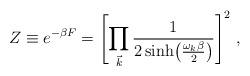
LaTeX: \begin{align*}Z \equiv e^{-\beta F} = \Biggl[\prod_{\vec k} {1\over 2 \sinh \bigl({\omega_k \beta \over 2 }\bigr)}\Biggr]^2\ ,\end{align*}